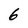
Character: 6